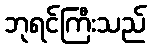
ဘုရင်ကြီးသည်